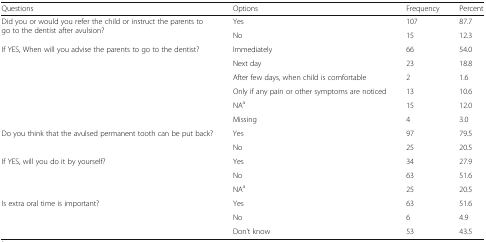
<table><thead><tr><td><b>Questions</b></td><td><b>Options</b></td><td><b>Frequency</b></td><td><b>Percent</b></td></tr></thead><tbody><tr><td rowspan="2">Did you or would you refer the child or instruct the parents to go to the dentist after avulsion?</td><td>Yes</td><td>107</td><td>87.7</td></tr><tr><td>No</td><td>15</td><td>12.3</td></tr><tr><td rowspan="6">If YES, When will you advise the parents to go to the dentist?</td><td>Immediately</td><td>66</td><td>54.0</td></tr><tr><td>Next day</td><td>23</td><td>18.8</td></tr><tr><td>After few days, when child is comfortable</td><td>2</td><td>1.6</td></tr><tr><td>Only if any pain or other symptoms are noticed</td><td>13</td><td>10.6</td></tr><tr><td>NA<sup>a</sup></td><td>15</td><td>12.0</td></tr><tr><td>Missing</td><td>4</td><td>3.0</td></tr><tr><td rowspan="2">Do you think that the avulsed permanent tooth can be put back?</td><td>Yes</td><td>97</td><td>79.5</td></tr><tr><td>No</td><td>25</td><td>20.5</td></tr><tr><td rowspan="3">If YES, will you do it by yourself?</td><td>Yes</td><td>34</td><td>27.9</td></tr><tr><td>No</td><td>63</td><td>51.6</td></tr><tr><td>NA<sup>a</sup></td><td>25</td><td>20.5</td></tr><tr><td rowspan="3">Is extra oral time is important?</td><td>Yes</td><td>63</td><td>51.6</td></tr><tr><td>No</td><td>6</td><td>4.9</td></tr><tr><td>Don’t know</td><td>53</td><td>43.5</td></tr></tbody></table>